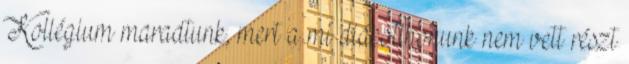
Kollégium maradtunk, mert a mi diákotthonunk nem vett részt